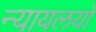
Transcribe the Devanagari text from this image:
न्यायलयो